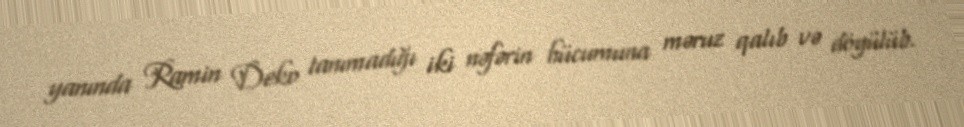
yanında Ramin Deko tanımadığı iki nəfərin hücumuna məruz qalıb və döyülüb.